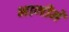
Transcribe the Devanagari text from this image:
भागीने